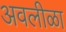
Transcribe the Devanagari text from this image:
अवलीळा